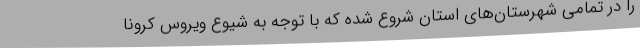
را در تمامی شهرستان‌های استان شروع شده که با توجه به شیوع ویروس کرونا